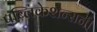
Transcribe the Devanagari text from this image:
पब्लिकेशन्सनी